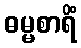
ဓမ္မစာရိံ